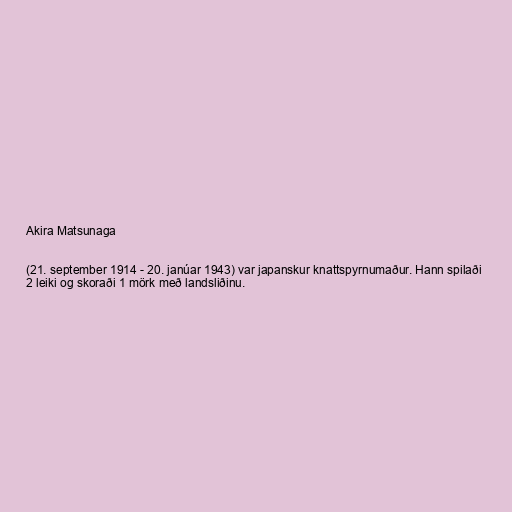
Akira Matsunaga

(21. september 1914 - 20. janúar 1943) var japanskur knattspyrnumaður. Hann spilaði
2 leiki og skoraði 1 mörk með landsliðinu.